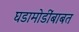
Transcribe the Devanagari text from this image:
घडामोडींबाबत